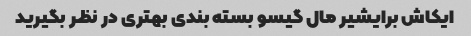
ایکاش برایشیر مال گیسو بسته بندی بهتری در نظر بگیرید